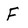
Character: F